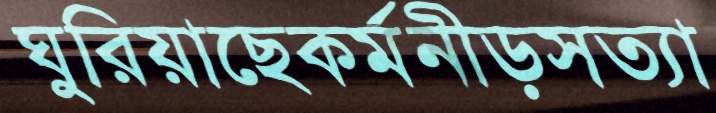
ঘুরিয়াছেকর্মনীড়সত্যা